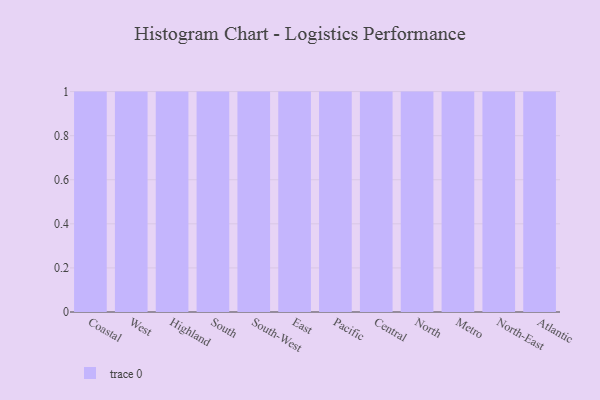
{"axis": {"x": "Region", "y": "Net Income (USD K)"}, "legend": [""], "data": [{"x": "Coastal", "y": 56, "type": ""}, {"x": "West", "y": 85, "type": ""}, {"x": "Highland", "y": 20, "type": ""}, {"x": "South", "y": 94, "type": ""}, {"x": "South-West", "y": 8, "type": ""}, {"x": "East", "y": 68, "type": ""}, {"x": "Pacific", "y": 95, "type": ""}, {"x": "Central", "y": 17, "type": ""}, {"x": "North", "y": 80, "type": ""}, {"x": "Metro", "y": 76, "type": ""}, {"x": "North-East", "y": 43, "type": ""}, {"x": "Atlantic", "y": 64, "type": ""}]}